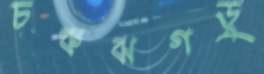
চকঝগড়ু